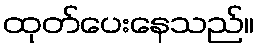
ထုတ်ပေးနေသည်။